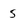
Character: 5